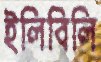
ইলিবিলি